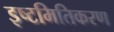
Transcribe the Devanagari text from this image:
इष्‍टमितिकरण